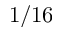
1 / 1 6